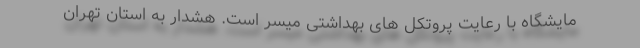
مایشگاه با رعایت پروتکل های بهداشتی میسر است. هشدار به استان تهران